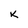
Character: K